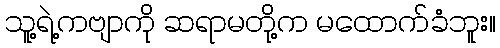
သူ့ရဲ့ကဗျာကို ဆရာမတို့က မထောက်ခံဘူး။